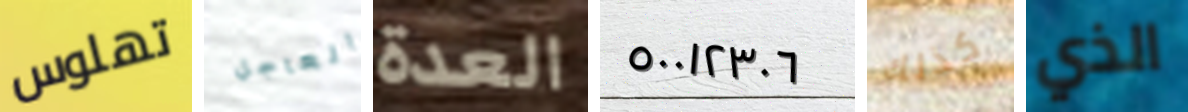
تهلوس العاجل العدة ٥٠٠١٢٣٠٦ كذلك الذي